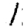
Digit: 1